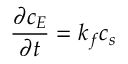
\frac { { \partial c _ { E } } } { { \partial t } } = k _ { f } c _ { s }